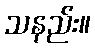
သနည်း။